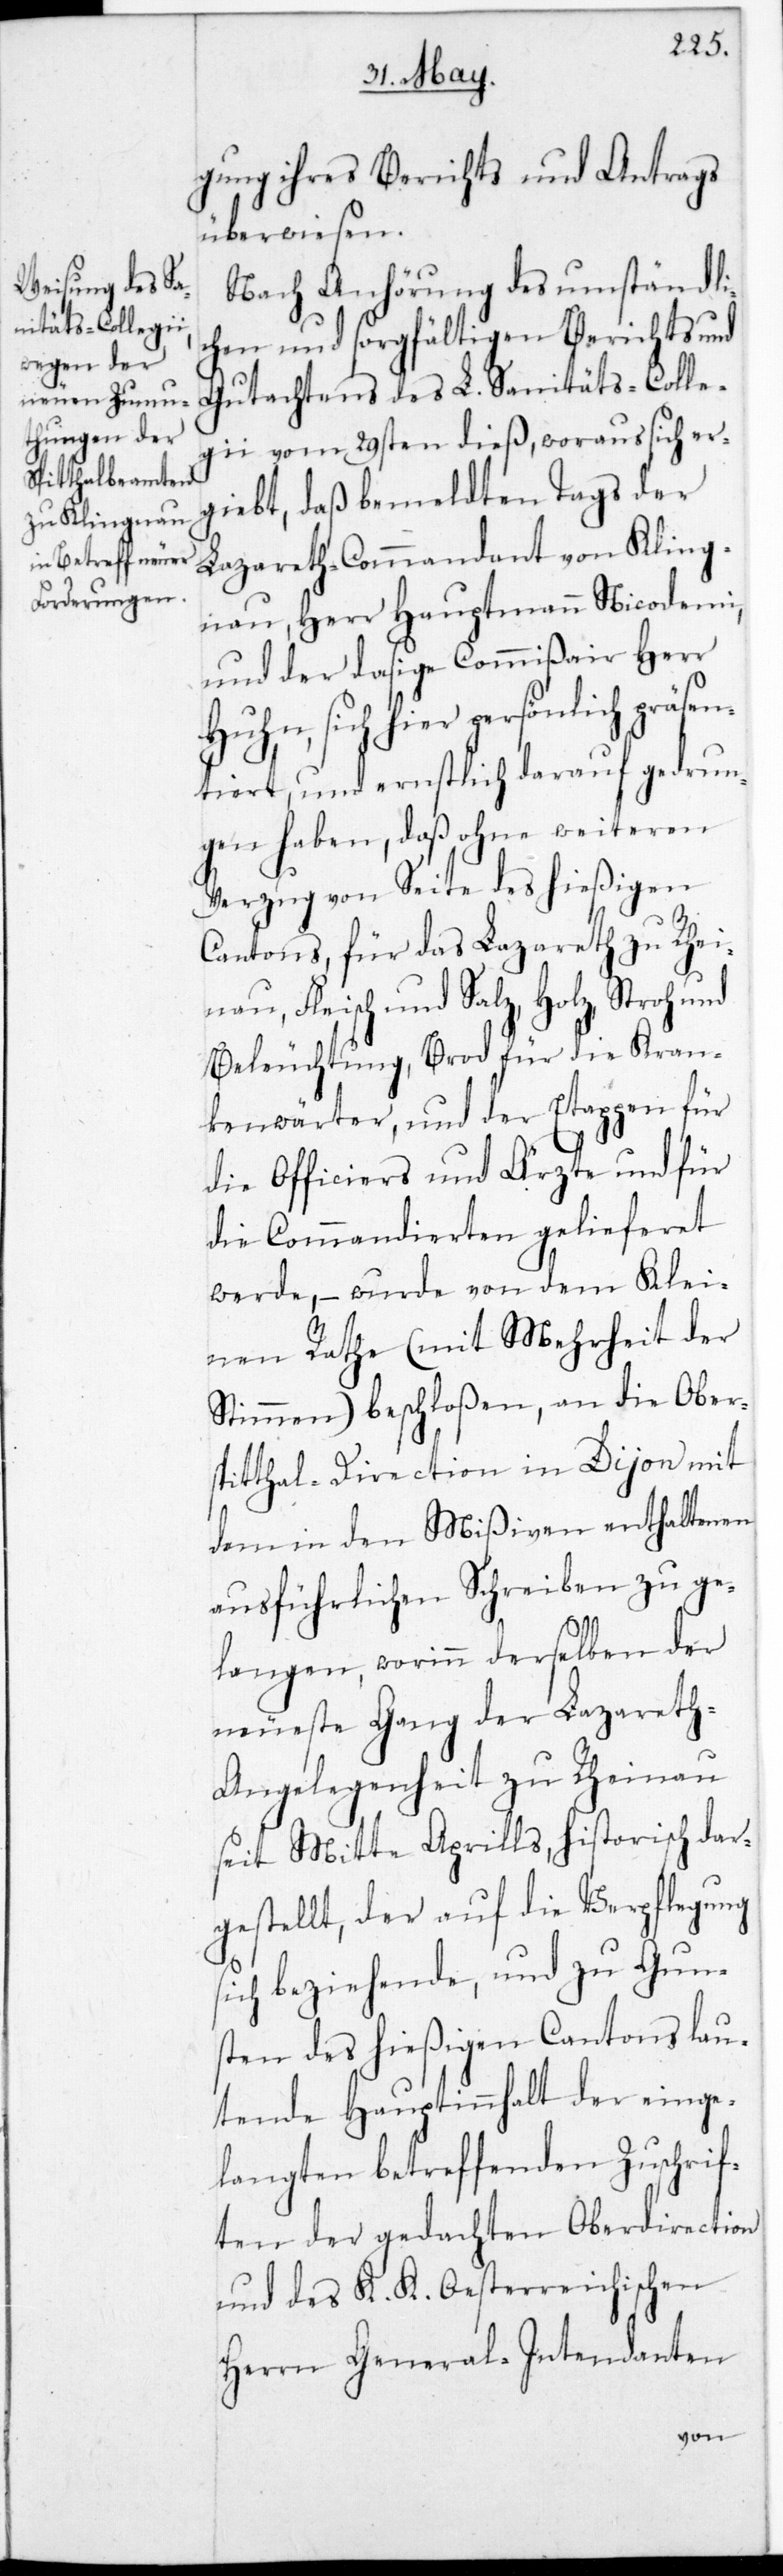
gung ihres Berichts und Antrags
überwiesen.
Nach Anhörung des umständli¬
chen und sorgfältigen Berichts und
Gutachtens des L. Sanitätscolle¬
gii vom 29sten dieß, woraus sich er¬
gibt, daß bemeldten Tags der
Lazareth-Commandant von Kling¬
nau, Herr Hauptmann Nicodemi
und der dasige Commißair Herr
Huhn, sich hier persönlich präsen¬
tiert, und ernstlich darauf gedrun¬
gen haben, daß ohne weiteren
Verzug von Seite des hießigen
Cantons, für das Lazareth zu Rhei¬
nau, Fleisch und Salz, Holz, Stroh und
Beleuchtung, Brod für die Kran¬
kenwärter, und der Etappen für
die Officiers und Ärzte und für
die Kommandierten gelieferet
werde, – wurde von dem Klei¬
nen Rathe (mit Mehrheit der
Stimmen) beschloßen, an die Ober¬
Spitthal-Direction in Dijon mit
den in den Mißiven enthaltenen
ausführlichen Schreiben zu ge¬
langen, worinn derselben der
neueste Gang der Lazaret¬
h-Angelegenheit zu Rheinau
seit Mitte Aprills, historisch dar¬
gestellt, der auf die Verpflegung
sich beziehende, und zu Gun¬
sten des hießigen Cantons lau¬
tende Hauptinhalt der einge¬
langten betreffenden Zuschrif¬
ten der gedachten Oberdirection
und des K. K. Oesterreichischen
Herrn General-Intendanten